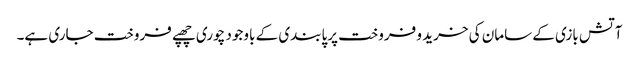
آتش بازی کے سامان کی خرید و فروخت پرپابندی کے باوجود چوری چھپے فروخت جاری ہے۔